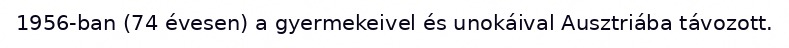
1956-ban (74 évesen) a gyermekeivel és unokáival Ausztriába távozott.